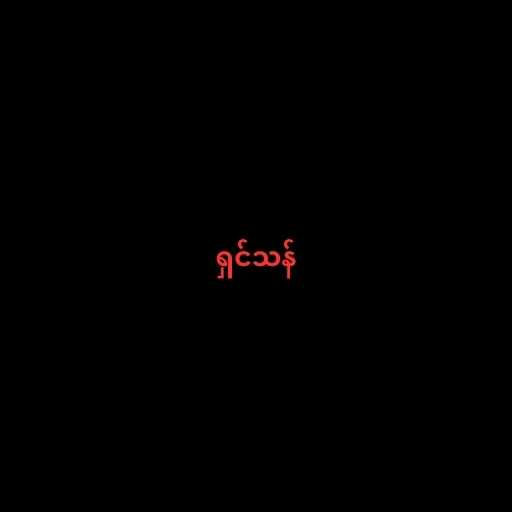
ရှင်သန်